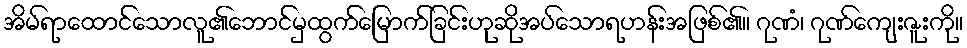
အိမ်ရာထောင်သောလူ၏ဘောင်မှထွက်မြောက်ခြင်းဟုဆိုအပ်သောရဟန်းအဖြစ်၏။ ဂုဏံ၊ ဂုဏ်ကျေးဇူးကို။